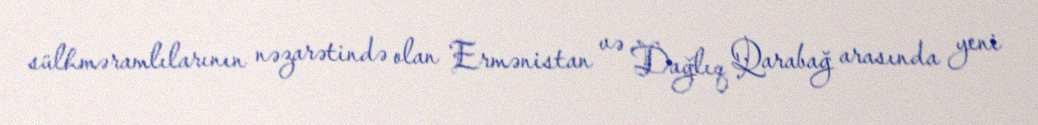
sülhməramlılarının nəzarətində olan Ermənistan və Dağlıq Qarabağ arasında yeni